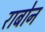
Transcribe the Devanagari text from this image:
राबोन